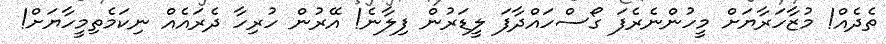
ތެދެއް! މުޒާހަރާޔަށް މީހުންނެރެފަ ގޯސްހައްދާފަ ލީޑަރުން ފިލާނެ! އޭރުން ހުރިހާ ދެރައެއް ނިކަމެތިމީހާޔަށް!